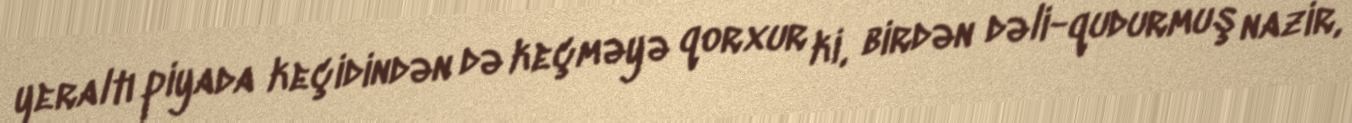
yeraltı piyada keçidindən də keçməyə qorxur ki, birdən dəli-qudurmuş nazir,